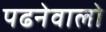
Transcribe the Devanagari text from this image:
पढनेवालो